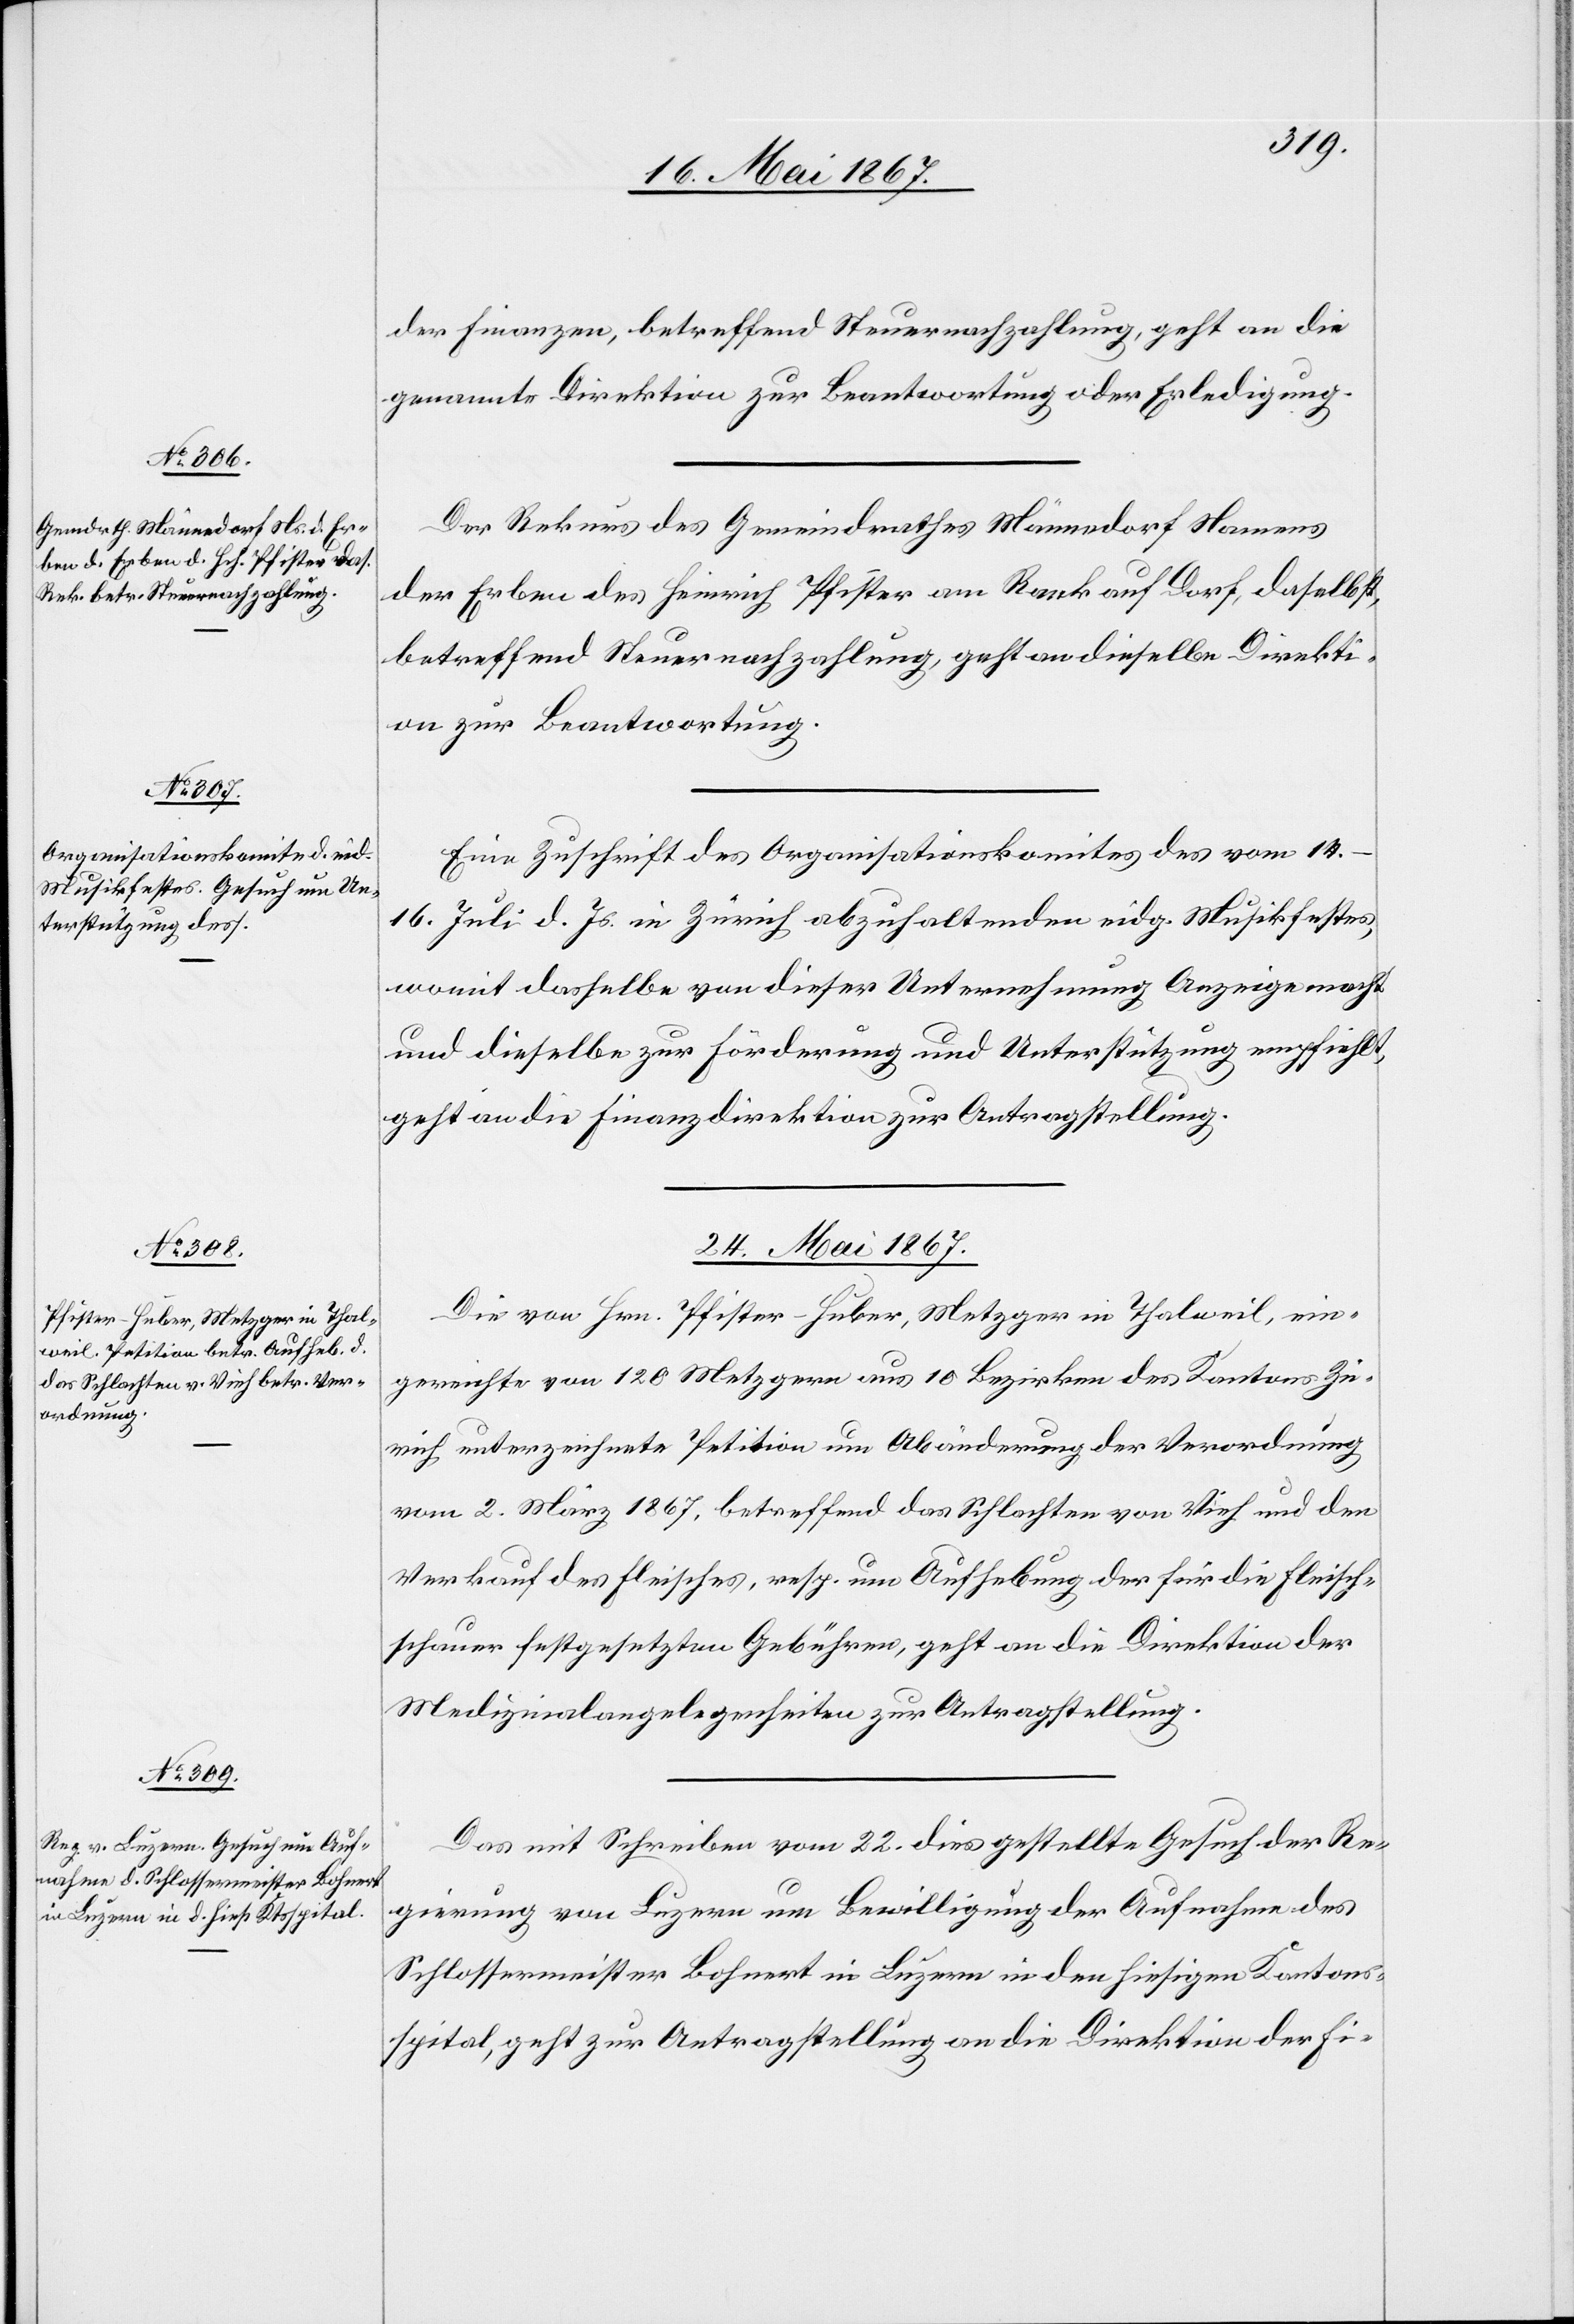
der Finanzen, betreffend Steuernachzahlung, geht an die
genannte Direktion zur Beantwortung oder Erledigung.
Der Rekurs des Gemeindrathes Männedorf Namens
der Erben des Heinrich Pfister am Ranck auf Dorf, daselbst,
betreffend Steuernachzahlung, geht an dieselbe Direkti¬
on zur Beantwortung.
Eine Zuschrift des Organisationskomites des vom 14.–16.
Juli d. Js. in Zürich abzuhaltenden eidg. Musikfestes,
womit dasselbe von dieser Unternehmung Anzeige macht
und dieselbe zur Förderung und Unterstützung empfiehlt,
geht an die Finanzdirektion zur Antragstellung.
24. Mai 1867.]
Die von Hrn. Pfister-Huber, Metzger in Thalweil, ein¬
gereichte von 120 Metzgern aus 10 Bezirken des Kantons Zü¬
rich unterzeichnete Petition um Abänderung der Verordnung
vom 2. März 1867, betreffend das Schlachten von Vieh und den
Verkauf des Fleisches, resp. um Aufhebung der für die Fleisch¬
schauer festgesetzten Gebühren, geht an die Direktion der
Medizinalangelegenheiten zur Antragstellung.
Das mit Schreiben vom 22. dies gestellte Gesuch der Re¬
gierung von Luzern um Bewilligung der Aufnahme des
Schlossermeister Bohner in Luzern in den hiesigen Kantons¬
spital, geht zur Antragstellung an die Direktion der Fi-